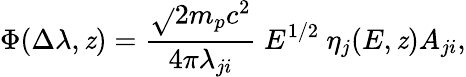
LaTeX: \Phi(\Delta\lambda,\mathit{z})=\frac{{\sqrt{}{{2m_{p}c^{2}}}}}{{4\pi\lambda_{ji}}}~E^{1/2}~\eta_{j}(E,\mathit{z})A_{ji},